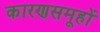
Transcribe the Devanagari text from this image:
कारणसमूहों